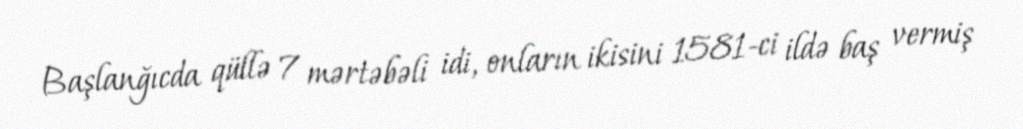
Başlanğıcda qüllə 7 mərtəbəli idi, onların ikisini 1581-ci ildə baş vermiş